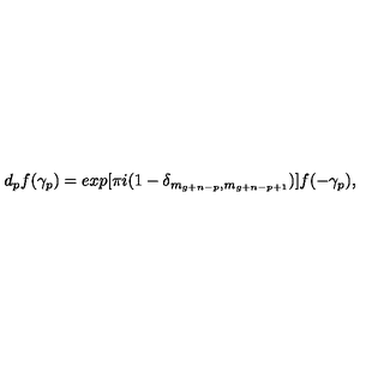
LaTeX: d _ { p } f ( \gamma _ { p } ) = e x p [ \pi i ( 1 - \delta _ { m _ { g + n - p } , m _ { g + n - p + 1 } } ) ] f ( - \gamma _ { p } ) ,